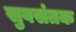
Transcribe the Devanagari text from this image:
सुवसंतक